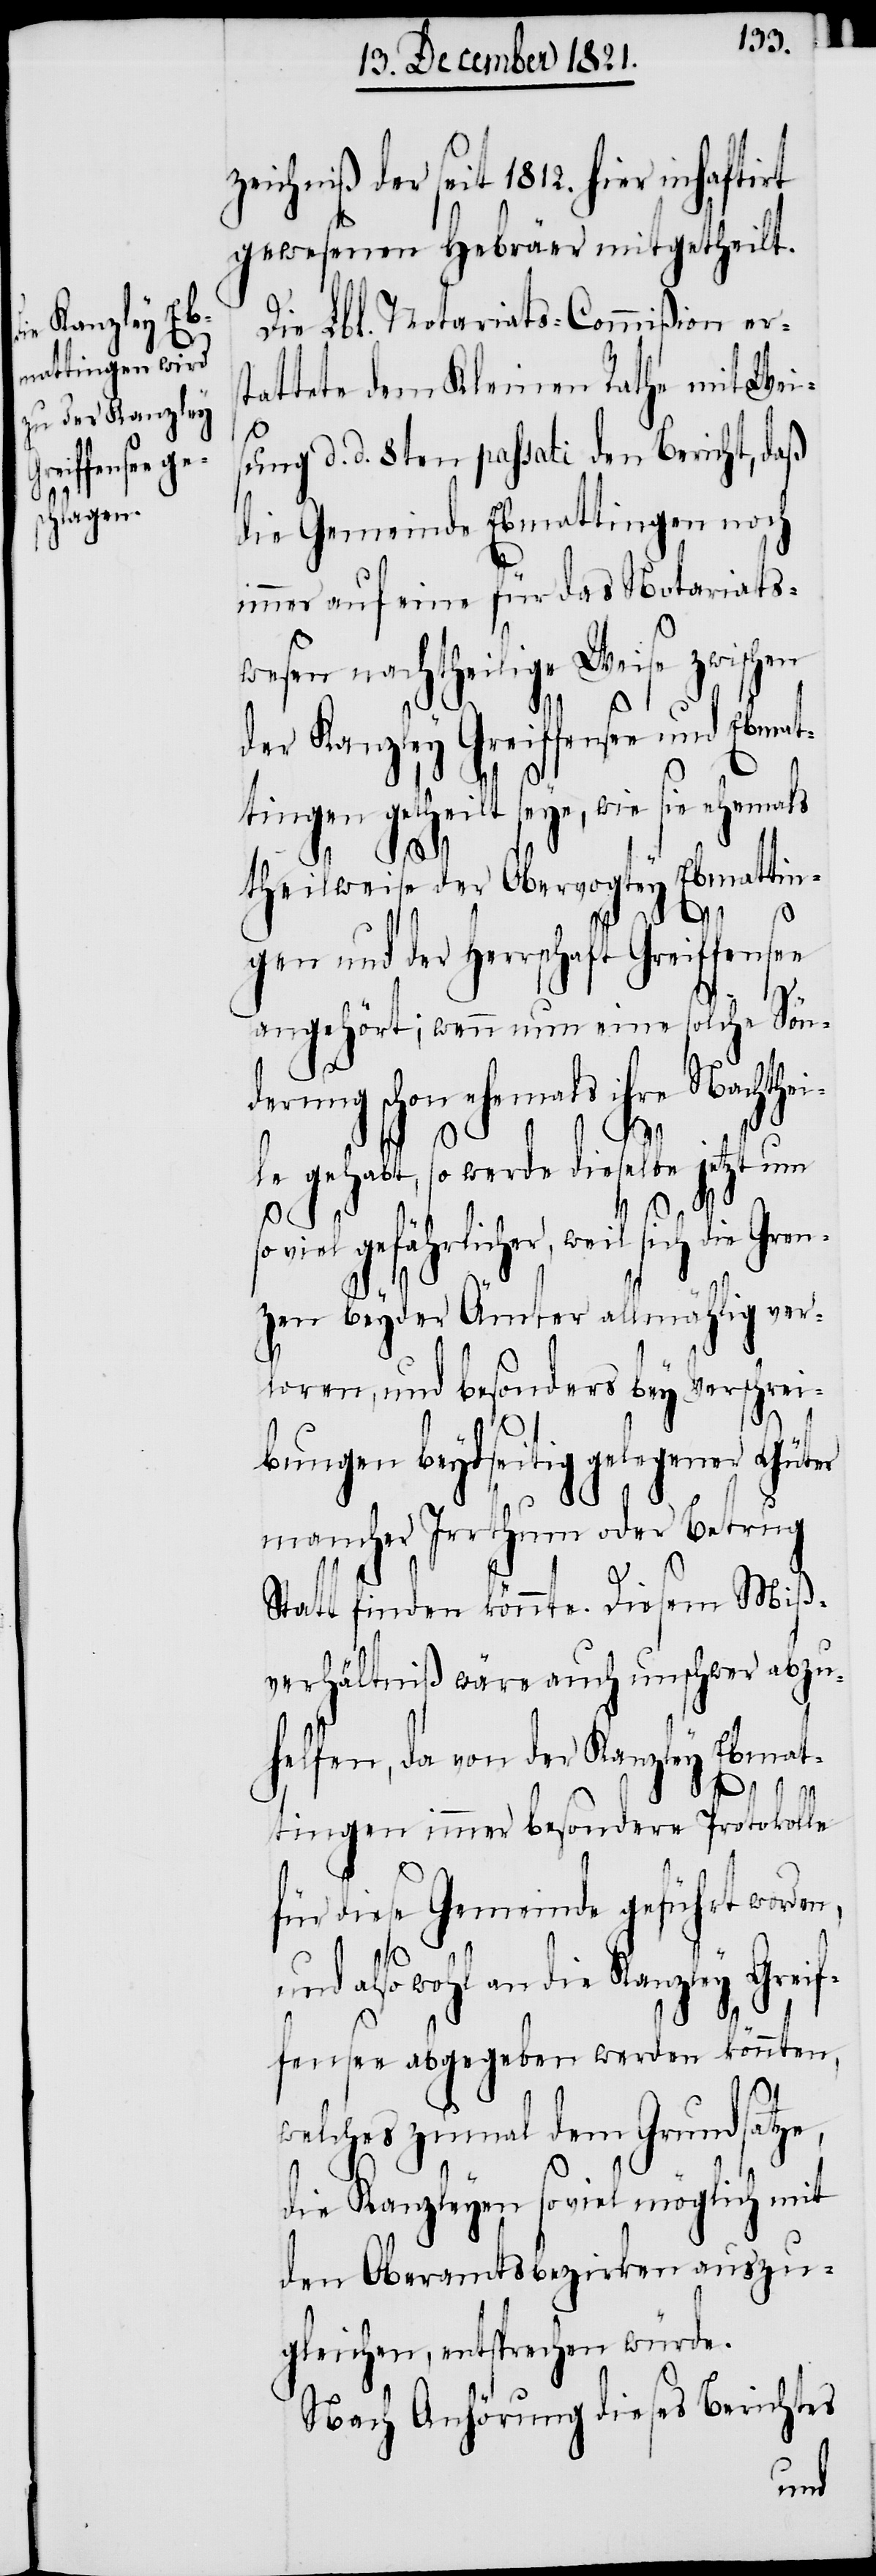
zeichniß der seit 1812. hier inhaftirt
gewesenen Hebräer mitgetheilt.
Die Lbl. Notariats-Commißion ers¬
tattete dem Kleinen Rathe mit Weis¬
ung d. d. 8ten passati den Bericht, daß
die Gemeinde Ebmattingen noch
immer auf eine für das Notariats¬
wesen nachtheilige Weise zwischen
der Kanzley Greiffensee und Ebmat¬
tingen getheilt seye, wie sie ehemals
theilweise der Obervogtey Ebmattin¬
gen und der Herrschaft Greiffensee
angehörte; wenn nun eine solche Sön¬
derung schon ehemals ihre Nachthei¬
le gehabt, so werde dieselbe jetzt um
so
viel gefährlicher, weil sich die Gre¬
nzen beyder Ämter allmählig ver¬
loren, und besonders bey Verschrei¬
bungen beydseitig gelegener Güter
mancher Irrthum oder Betrug
Statt finden könnte. Diesem Miß¬
verhältniß wäre auch unschwer abzu¬
helfen, da von der Kanzley Ebmat¬
tingen immer besondere Protokolle
für diese Gemeinde geführt worden,
also wohl an die Kanzley Greif¬
fensee abgegeben werden könnten,
welches zumal dem Grundsatze,
die Kanzleyen so viel möglich mit
den Oberamtsbezirken auszu¬
gleichen, entsprechen würde.
Nach Anhörung dieses Berichtes
und